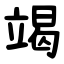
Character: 竭